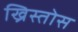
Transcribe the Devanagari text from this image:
ख्रिस्तोस